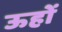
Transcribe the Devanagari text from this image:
ऊहों